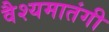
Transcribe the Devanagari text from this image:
वैश्यमातंगी